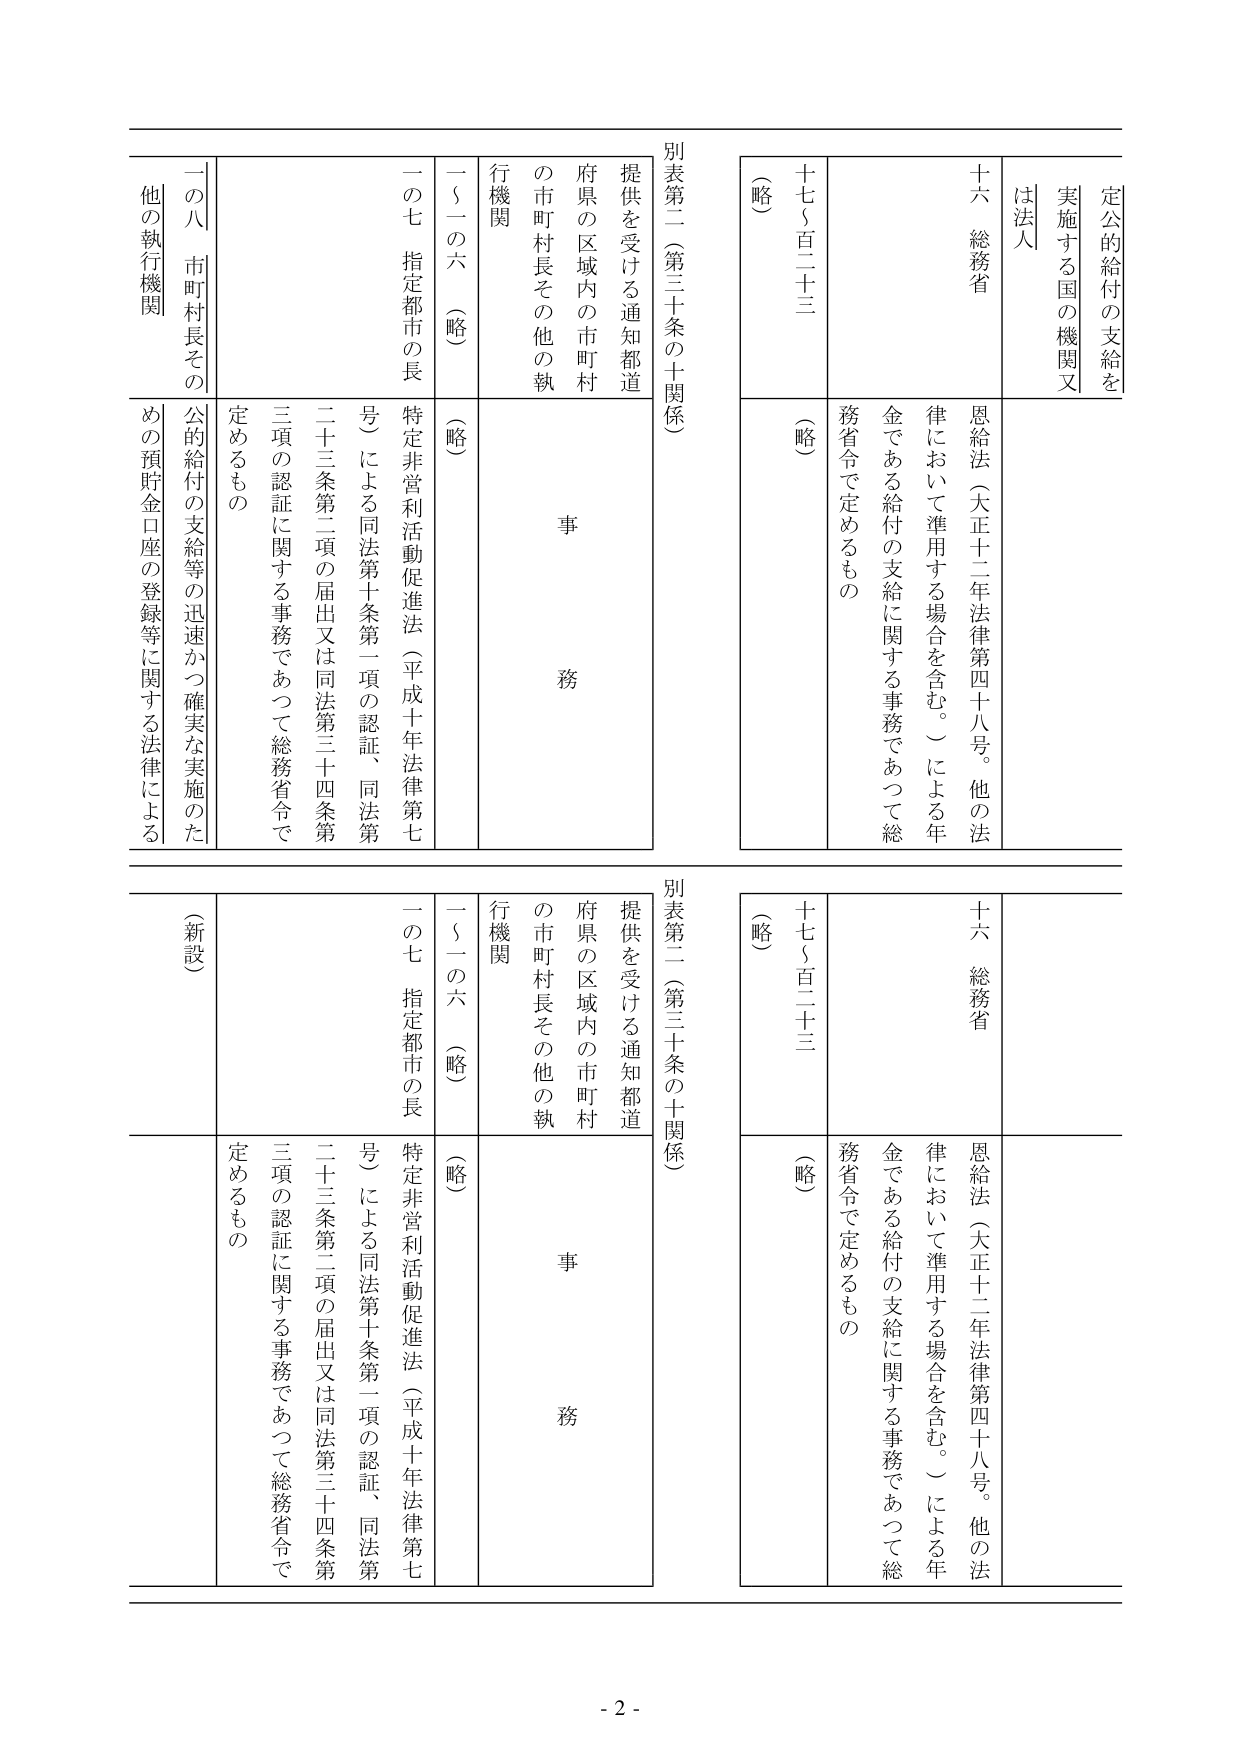
定公的給付の支給を
実施する国の機関又は法人
十六 総務省
恩給法（大正十二年法律第四十八号。他の法律において準用する場合を含む。）による年金である給付の支給に関する事務であつて総務省令で定めるもの
十七～百二十三
（略）

別表第二（第三十条の十関係）
提供を受ける通知都道府県の区域内の市町村の市町村長その他の執行機関
一～一の六 （略）
一の七 指定都市の長
特定非営利活動促進法（平成十年法律第七号）による同法第十条第一項の認証、同法第二十三条第二項の届出又は同法第三十四条第三項の認証に関する事務であつて総務省令で定めるもの
一の八 市町村長その他の執行機関
公的給付の支給等の迅速かつ確実な実施のための預貯金口座の登録等に関する法律による

（新設）

別表第二（第三十条の十関係）
提供を受ける通知都道府県の区域内の市町村の市町村長その他の執行機関
一～一の六 （略）
一の七 指定都市の長
特定非営利活動促進法（平成十年法律第七号）による同法第十条第一項の認証、同法第二十三条第二項の届出又は同法第三十四条第三項の認証に関する事務であつて総務省令で定めるもの
十六 総務省
恩給法（大正十二年法律第四十八号。他の法律において準用する場合を含む。）による年金である給付の支給に関する事務であつて総務省令で定めるもの
十七～百二十三
（略）

- 2 -